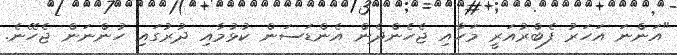
"އަންނަ އަހަރު ފެބްރުއަރީ މަހާއި ޖެހެންދެން އެންޑަސަން ކުޅުމާއި ދުރުގައި ހުންނަން ޖެހޭނެ.